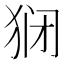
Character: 𬌱